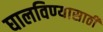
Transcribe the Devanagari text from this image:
घालविण्‍यासाठी